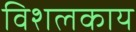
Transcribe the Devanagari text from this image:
विशलकाय